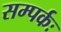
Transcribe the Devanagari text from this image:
सम्पर्कः